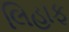
લિહાફ